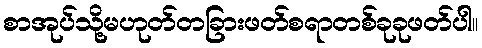
စာအုပ်သို့မဟုတ်တခြားဖတ်စရာတစ်ခုခုဖတ်ပါ။